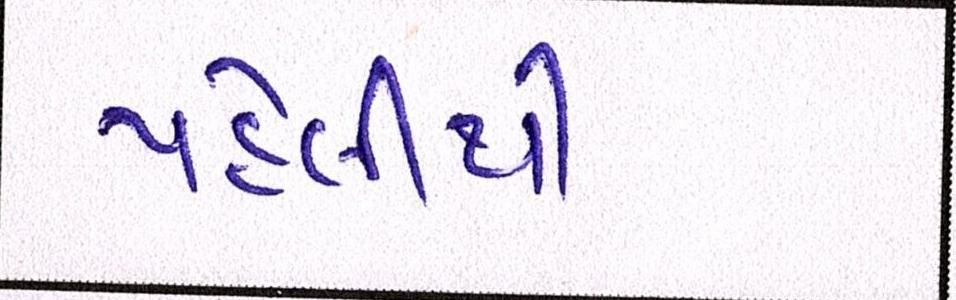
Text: પહેલીથી